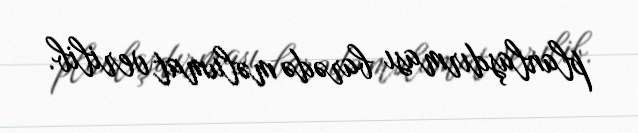
planlaşdırması barədə məlumat verilib.